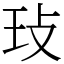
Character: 㺳